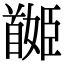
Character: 𩠯